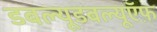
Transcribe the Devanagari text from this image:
डबल्यूडबल्यूऍफ़